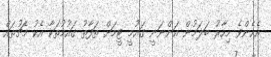
އެހެންވެ މިހާރު ބަލަމުން އަންނަނީ ގައުމީ ޓީމަށް ތަފާތު ގައުމުތަކާ އެކު މެޗުތައް